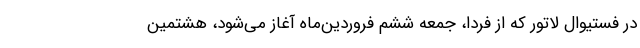
در فستیوال لاتور که از فردا، جمعه ششم فروردین‌ماه آغاز می‌شود، هشتمین